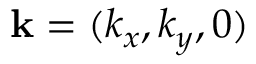
\mathbf { k } = ( k _ { x } , k _ { y } , 0 )